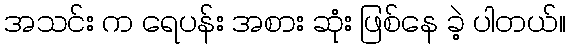
အသင်း က ရေပန်း အစား ဆုံး ဖြစ်နေ ခဲ့ ပါတယ်။